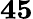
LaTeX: \mathbf{45}